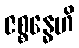
ဇစ္စန္ဓေဟိ